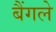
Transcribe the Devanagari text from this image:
बैंगले